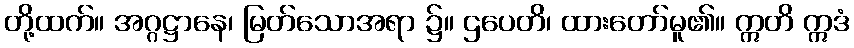
တို့ထက်။ အဂ္ဂဋ္ဌာနေ၊ မြတ်သောအရာ ၌။ ဌပေတိ၊ ထားတော်မူ၏။ ဣတိ ဣဒံ